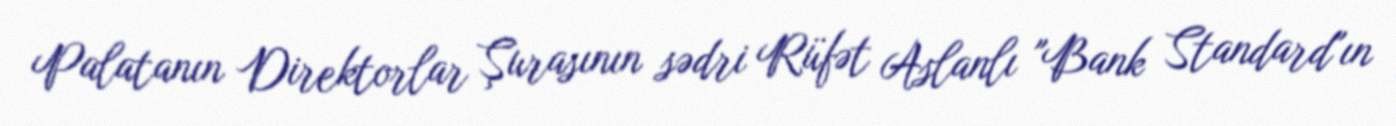
Palatanın Direktorlar Şurasının sədri Rüfət Aslanlı "Bank Standard"ın